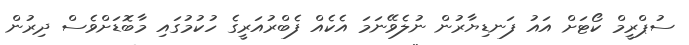
ސުޕްރީމް ކޯޓަށް އައު ފަނޑިޔާރުން ނުލެވޭނަމަ އެކެއް ފެބްރުއަރީގެ ހުކުމުގައި މާބޮޑަށްވެސް ދިރުން